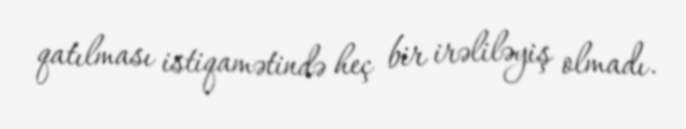
qatılması istiqamətində heç bir irəliləyiş olmadı.